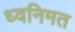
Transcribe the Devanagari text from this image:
ध्वनिमत